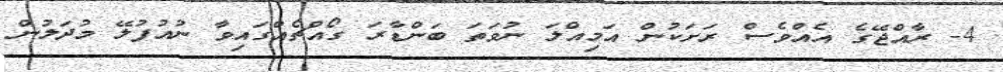
4- ރާއްޖޭގެ އެއްވެސް ރަށަކުން އަމިއްލަ ނުވަތަ ބަންޑާރަ ގޯއްޗެއްގައިވާ ނުއުފުލޭ މުދަލުން